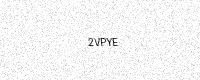
Text: 2VPYE